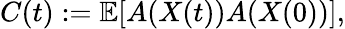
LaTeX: C(t):=\mathbb{E}[A(X(t))A(X(0))],